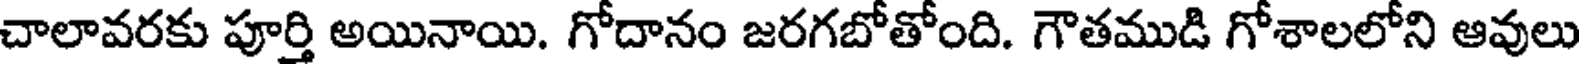
చాలావరకు పూర్తి అయినాయి. గోదానం జరగబోతోంది. గౌతముడి గోశాలలోని ఆవులు